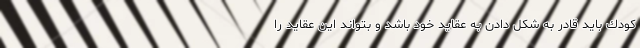
كودك بايد قادر به شكل دادن به عقايد خود باشد و بتواند اين عقايد را